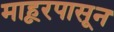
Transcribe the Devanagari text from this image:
माहूरपासून